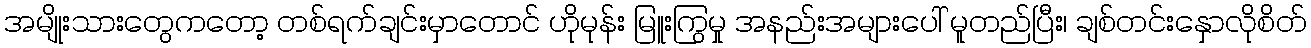
အမျိုးသားတွေကတော့ တစ်ရက်ချင်းမှာတောင် ဟိုမုန်း မြူးကြွမှု အနည်းအများပေါ် မူတည်ပြီး၊ ချစ်တင်းနှောလိုစိတ်